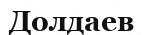
Долдаев